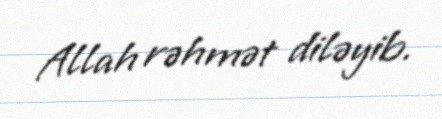
Allah rəhmət diləyib.